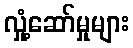
လှုံ့ဆော်မှုများ